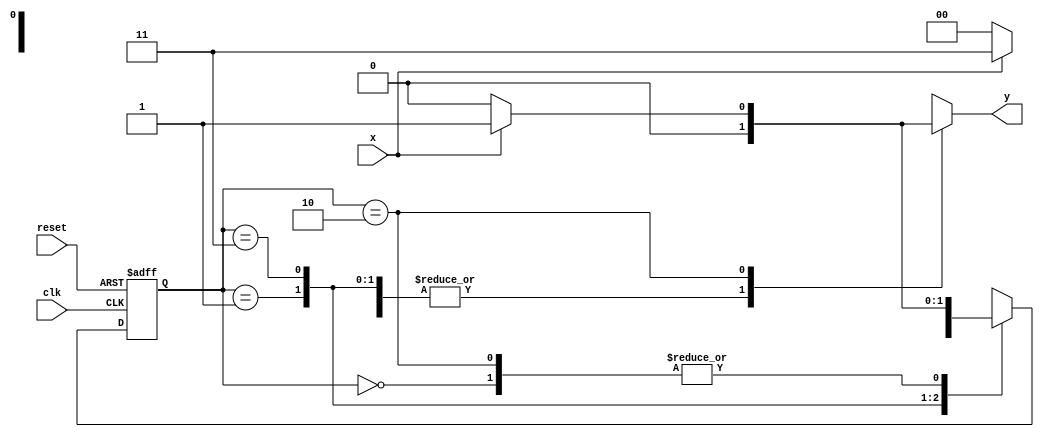
// ------------------------- 
// -- Luiz Marques de Oliveira
// -- Matricula: 417138
// ------------------------- 

// -------------- 
// --- Mealy FSM 
// -------------- 

// constant definitions 
`define found 		1 
`define notfound 	0 

// FSM by Mealy 
module mealy1101 ( y, x, clk, reset ); 
output y; 
input x; 
input clk; 
input reset; 

reg y; 

parameter // state identifiers 
start = 2'b00, 
id1 = 2'b01, 
id11 = 2'b11, 
id110 = 2'b10; 

reg [1:0] E1; // current state variables 
reg [1:0] E2; // next state logic output 

// next state logic 
always @( x or E1 ) 
begin 
y = `notfound; 
case ( E1 ) 
start: 
if ( x ) 
E2 = id1; 
else 
E2 = start; 
id1: 
if ( x ) 
E2 = id11; 
else 
E2 = start; 
id11: 
if ( x ) 
E2 = id11; 
else 
E2 = id110; 
id110: 
if ( x ) 
begin 
E2 = id1; 
y = `found; 
end 
else 
begin 
E2 = start; 
y = `notfound; 
end 
default: // undefined state 
E2 = 2'bxx; 
endcase 
end // always at signal or state changing 

// state variables 
always @( posedge clk or negedge reset ) 
begin 
if ( reset ) 
E1 = E2; // updates current state 
else 
E1 = 0; // reset 
end // always at signal changing 

endmodule // mealy1101